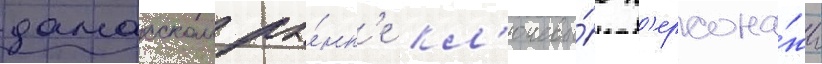
дамасском ры́нк'е кл'ючевы́е п'ерсона́жи